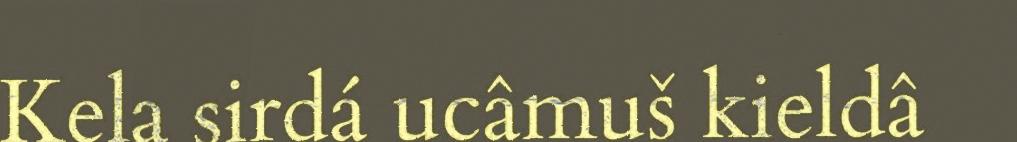
Kela sirdá ucâmuš kieldâ